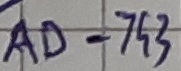
Text: AD-743